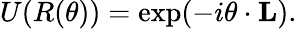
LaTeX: U(R(\mathbf{\theta}))=\exp(-i\mathbf{\theta}\cdot\mathbf{L}).